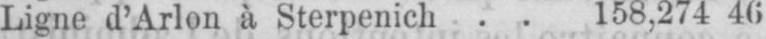
Ligne d’Arlon à Sterpenich .. 158,274 46